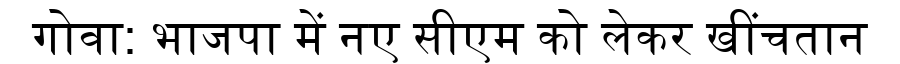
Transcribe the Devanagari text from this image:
गोवा: भाजपा में नए सीएम को लेकर खींचतान